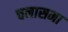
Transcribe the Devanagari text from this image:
चनासमा